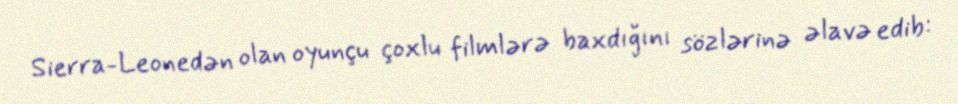
Sierra-Leonedən olan oyunçu çoxlu filmlərə baxdığını sözlərinə əlavə edib: